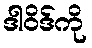
ဒါဝိဒ်ကို